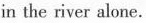
in the river alone.